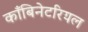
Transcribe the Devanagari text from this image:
काँबिनेटरियल